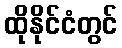
ထိုနိုင်ငံတွင်